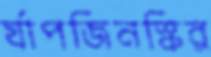
র‍্যাপজিনস্কির